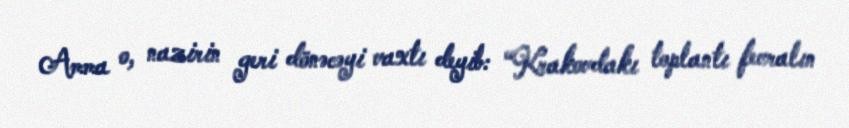
Amma o, nazirin geri dönəcəyi vaxtı deyib: “Krakovdakı toplantı fevralın